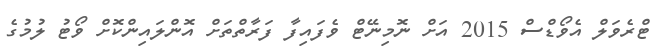
ޓްރެވަލް އެވޯޑްސް 2015 އަށް ނޮމިނޭޓް ވެފައިފާ ފަރާާތްތަަށް އޮންލައިންކޮށް ވޯޓު ލުމުގެ